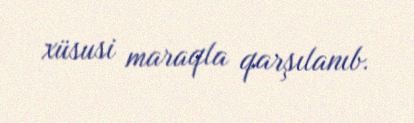
xüsusi maraqla qarşılanıb.